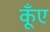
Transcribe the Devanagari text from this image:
कूँए